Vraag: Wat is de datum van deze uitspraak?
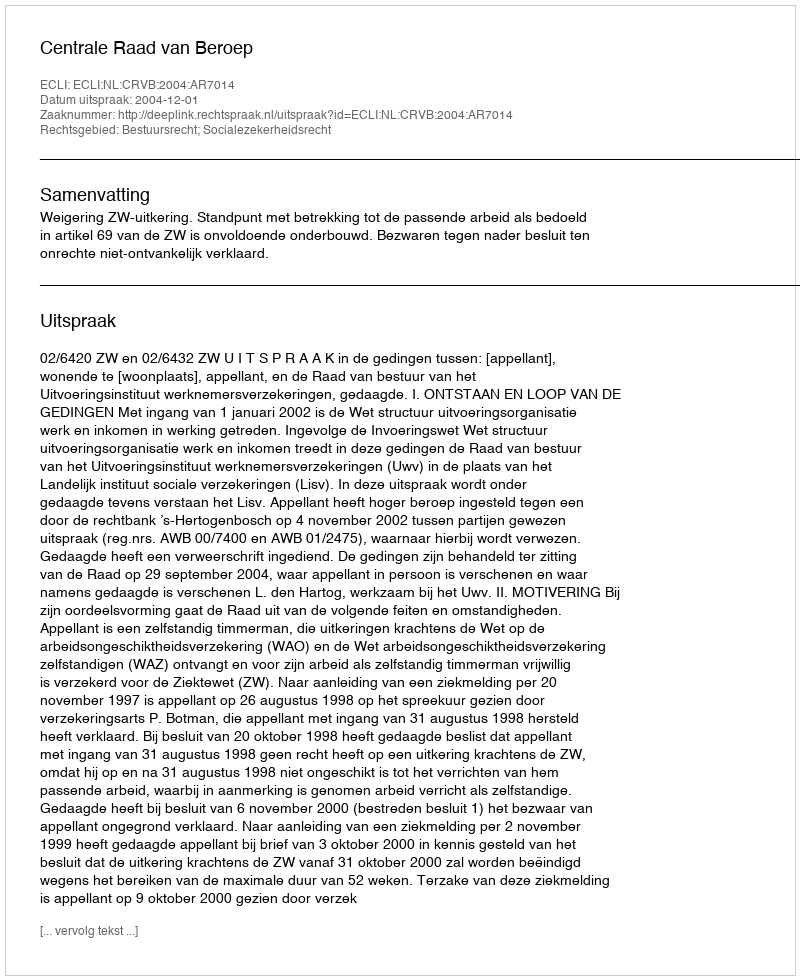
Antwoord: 2004-12-01